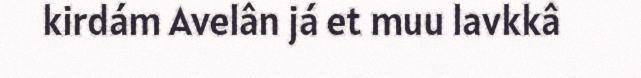
kirdám Avelân já et muu lavkkâ